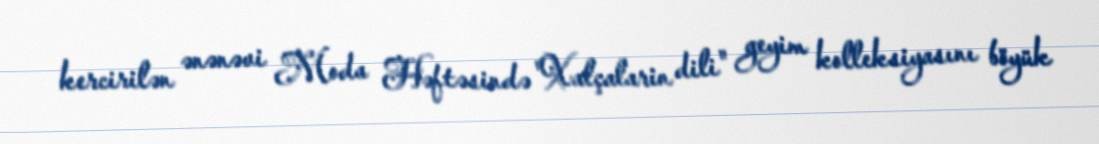
kercirilən ənənəvi Moda Həftəsində "Xalçalarin dili" geyim kolleksiyasını böyük